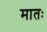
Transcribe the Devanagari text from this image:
मातः